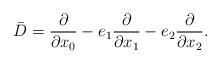
LaTeX: \begin{align*}\bar D = \frac{\partial}{\partial x_0}- e_1 \frac{\partial}{\partial x_1}- e_2 \frac{\partial}{\partial x_2}.\end{align*}